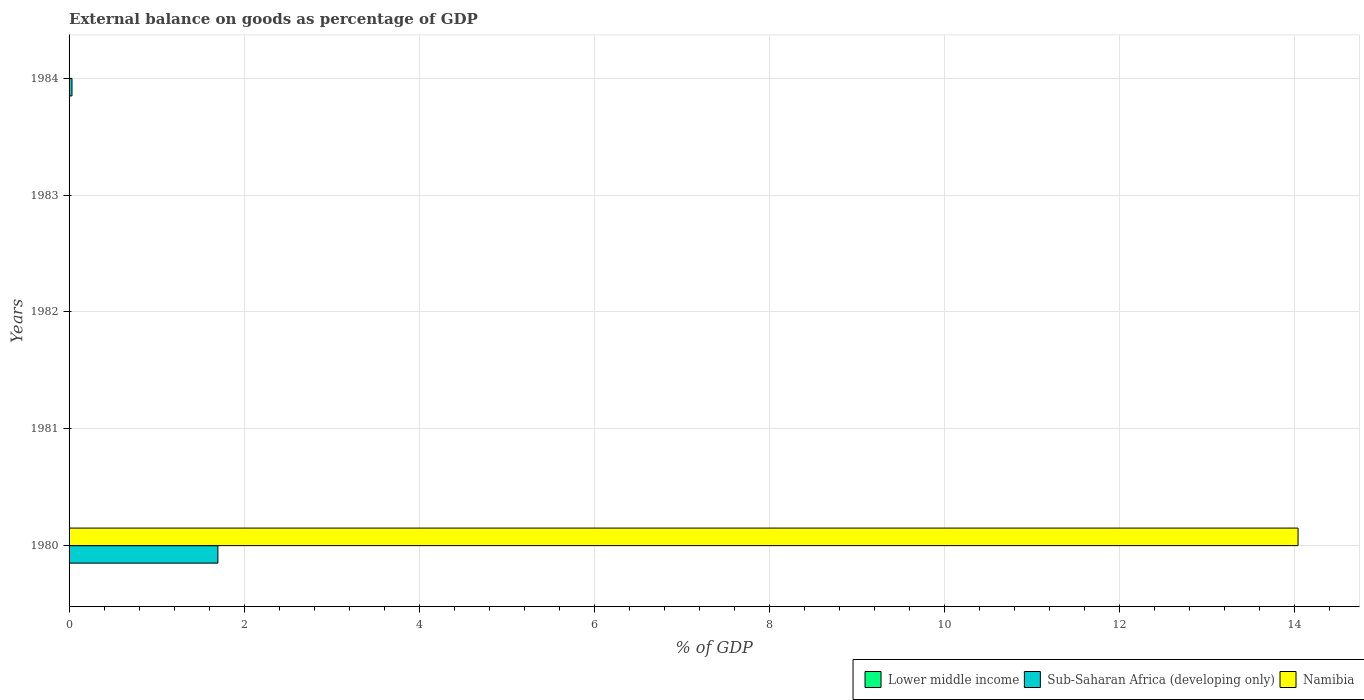
| Years | Lower middle income | Sub-Saharan Africa (developing only) | Namibia |
 | --- | --- | --- | --- |
 | 1980 | -2.38 | 1.7 | 14 |
 | 1981 | -4.4 | -6.05 | -11.4 |
 | 1982 | -4.66 | -4.46 | -8.53 |
 | 1983 | -4.17 | -0.943 | -7.57 |
 | 1984 | -2.63 | 0.0332 | -6.15 |